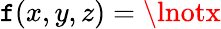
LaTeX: \mathtt{f}(x,y,z)=\lnotx